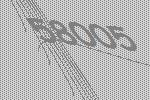
58005